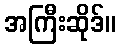
အကြီးဆိုဒ်။